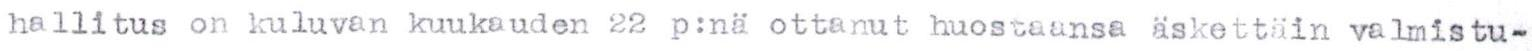
hallitus on kuluvan kuukauden 22 p:nä ottanut huostaansa äskettäin valmistu-